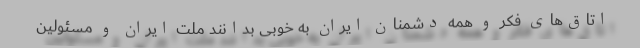
اتاق‌های فکر و همه دشمنان ایران به خوبی بدانند ملت ایران و مسئولین